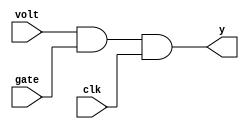
`timescale 1ns/1ps
`default_nettype none

module dld(
    output wire y,
    input wire volt,
    input wire gate,
    input wire clk
);

assign y = volt & gate & clk;

endmodule
`default_nettype wire